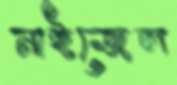
নাইজেল